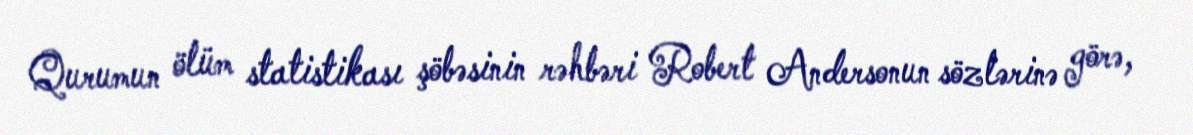
Qurumun ölüm statistikası şöbəsinin rəhbəri Robert Andersonun sözlərinə görə,